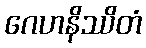
ဂေဟနိဿိတံ